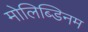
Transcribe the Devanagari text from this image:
मोलिब्डिनम